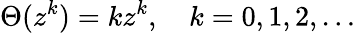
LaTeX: \Theta(z^{k})=kz^{k},\quad k=0,1,2,\dots